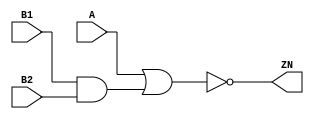
module AOI21_X2 (A, B1, B2, ZN);
  input A;
  input B1;
  input B2;
  output ZN;
  not(ZN, i_8);
  or(i_8, A, i_9);
  and(i_9, B1, B2);
  specify
    if((B1 == 1'b0) && (B2 == 1'b0)) (A => ZN) = (0.1, 0.1);
    if((B1 == 1'b0) && (B2 == 1'b1)) (A => ZN) = (0.1, 0.1);
    if((B1 == 1'b1) && (B2 == 1'b0)) (A => ZN) = (0.1, 0.1);
    (B1 => ZN) = (0.1, 0.1);
    (B2 => ZN) = (0.1, 0.1);
  endspecify
endmodule